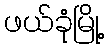
ဖယ်ခုံမြို့